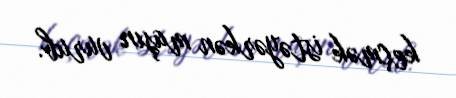
keçmək istəyərkən maşın vurub.